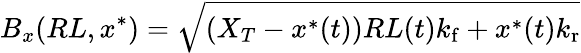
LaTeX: B_{x}(RL,x^{*})=\sqrt{(X_{T}-x^{*}(t))RL(t){k_{\mathrm{f}}}+x^{\ast}(t){k_{\mathrm{r}}}}